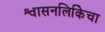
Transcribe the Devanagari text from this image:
श्वासनलिकिेचा